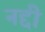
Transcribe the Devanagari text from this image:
नद्दी